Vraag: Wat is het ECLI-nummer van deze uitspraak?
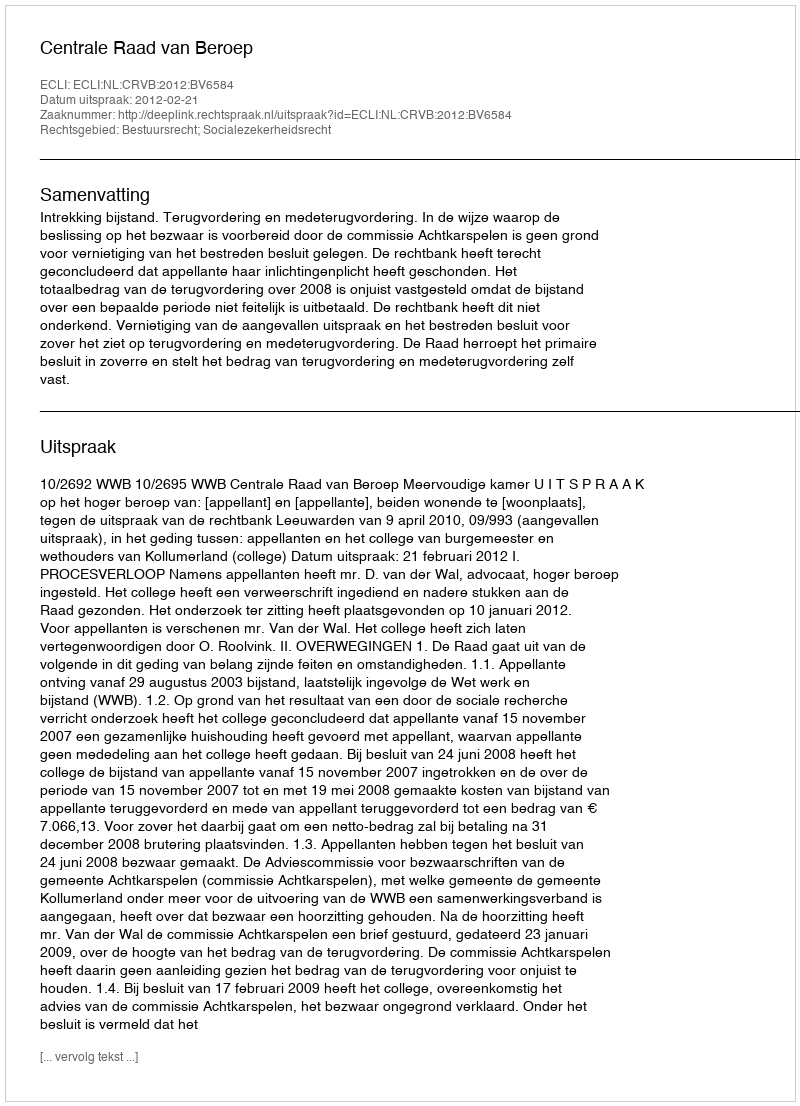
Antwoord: ECLI:NL:CRVB:2012:BV6584